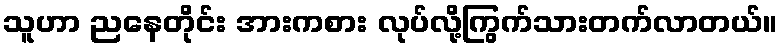
သူဟာ ညနေတိုင်း အားကစား လုပ်လို့ကြွက်သားတက်လာတယ်။